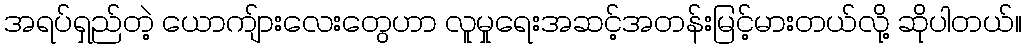
အရပ်ရှည်တဲ့ ယောကျ်ားလေးတွေဟာ လူမှုရေးအဆင့်အတန်းမြင့်မားတယ်လို့ ဆိုပါတယ်။